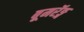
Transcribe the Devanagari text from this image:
बूमरॅङ्ग